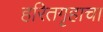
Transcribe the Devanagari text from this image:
हरितगृहाचा